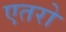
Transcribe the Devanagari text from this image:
एतरो